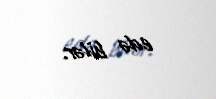
edə bilər.